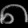
Digit: ၈